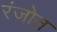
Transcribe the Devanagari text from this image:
रंजोत